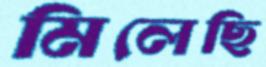
মিলেছি